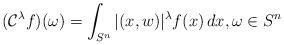
LaTeX: \begin{align*}(\mathcal{C}^\lambda f) (\omega) = \int_{S^n} |(x, w)|^\lambda f (x)\, d x,\omega \in S^n\end{align*}